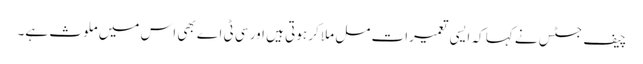
چیف جسٹس نے کہا کہ ایسی تعمیرات مل ملا کر ہوتی ہیں اور سی ٹی اے بھی اس میں ملوث ہے۔